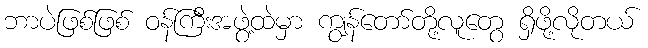
ဘာပဲဖြစ်ဖြစ် ဝန်ကြီးအဖွဲ့ထဲမှာ ကျွန်တော်တို့လူတွေ ရှိဖို့လိုတယ်